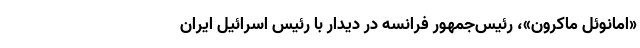
«امانوئل ماکرون»، رئیس‌جمهور فرانسه در دیدار با رئیس اسرائیل ایران